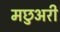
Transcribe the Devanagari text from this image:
मछुअरी